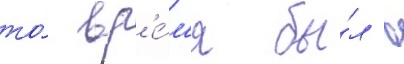
то́ вр'е́м'я бы́л в